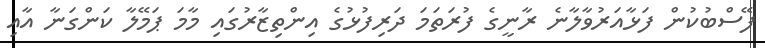
ފޭސްބުކުން ފަޅާއަރުވާލާނެ ރާނީގެ ފުރަތަމަ ދަރިފުޅުގެ އިންތިޒާރުގައި މާމަ ޕަމޭލާ ކަންގަނާ އާއި